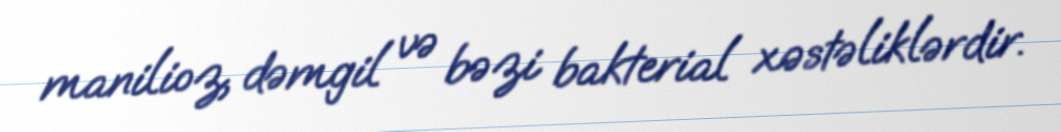
manilioz, dəmgil və bəzi bakterial xəstəliklərdir.